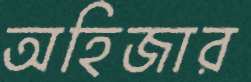
অহিজার